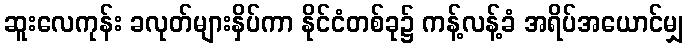
ဆူးလေကုန်း ခလုတ်များနှိပ်ကာ နိုင်ငံတစ်ခု၌ ကန့်လန့်ခံ အရိပ်အယောင်မျှ